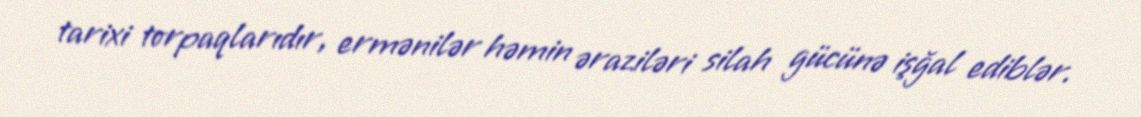
tarixi torpaqlarıdır, ermənilər həmin əraziləri silah gücünə işğal ediblər.